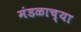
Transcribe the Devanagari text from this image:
मंडळाच्‍या